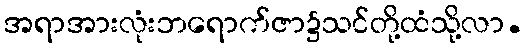
အရာအားလုံးဘရောက်ဇာ၌သင်တို့ထံသို့လာ.